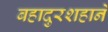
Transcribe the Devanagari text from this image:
बहादुरशहाने